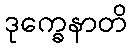
ဒုက္ခေနာတိ